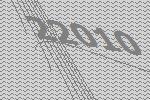
22010